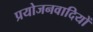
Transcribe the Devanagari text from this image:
प्रयोजनवादियों